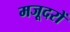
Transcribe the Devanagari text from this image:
मजूदरों